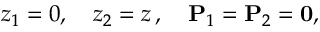
z _ { 1 } = 0 , \quad z _ { 2 } = z \, , \quad \mathbf { P } _ { 1 } = \mathbf { P } _ { 2 } = \mathbf { 0 } ,